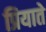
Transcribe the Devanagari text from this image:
प्रियाते